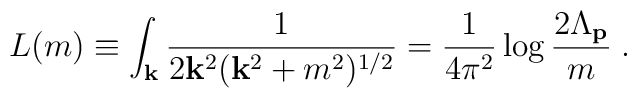
L(m) \equiv \int_{\bf k} \frac{1}{2{\bf k}^2 ({\bf k}^2+m^2)^{1/2}}=\frac{1}{4\pi^2}\log\frac{2\Lambda_{\bf p}}{m}\;.